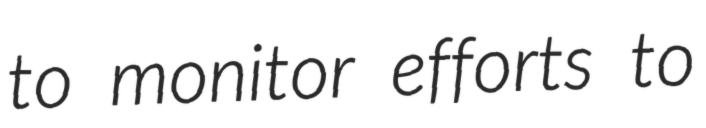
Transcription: to monitor efforts to